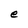
Character: e